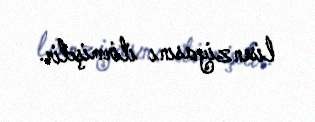
lisenziyasını itirmişdir.